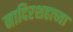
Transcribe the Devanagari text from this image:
नादिरशहाच्या